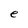
Character: e